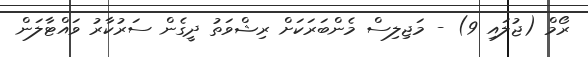
ރޯމް (ޖުލައި 9) - މަޖިލިސް މެންބަރަަކަށް ރިޝްވަތު ދީގެން ސަރުކާރު ވައްޓާލަން